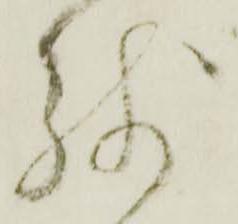
残